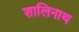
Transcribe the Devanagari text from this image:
शालिनाथ